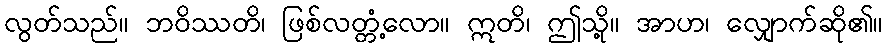
လွတ်သည်။ ဘဝိဿတိ၊ ဖြစ်လတ္တံ့လော။ ဣတိ၊ ဤသို့။ အာဟ၊ လျှောက်ဆို၏။